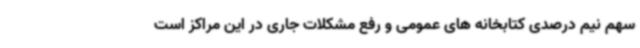
سهم نیم درصدی کتابخانه های عمومی و رفع مشکلات جاری در این مراکز است